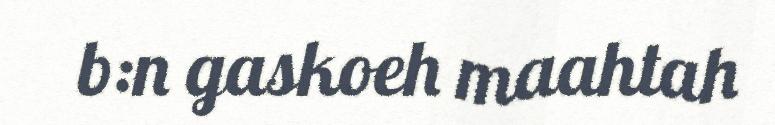
b:n gaskoeh maahtah